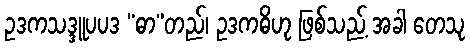
ဥဒကသဒ္ဒူပပဒ “ဓာ”တည်၊ ဥဒကဓိဟု ဖြစ်သည့် အခါ တေသု